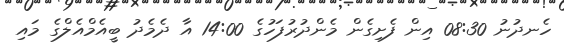
ހެނދުނު 08:30 އިން ފެށިގެން މެންދުރުފަހުގެ 14:00 އާ ދެމެދު ބީއެމްއެލްގެ މައި